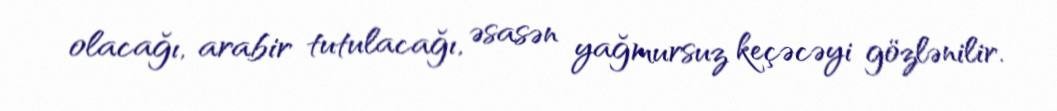
olacağı, arabir tutulacağı, əsasən yağmursuz keçəcəyi gözlənilir.